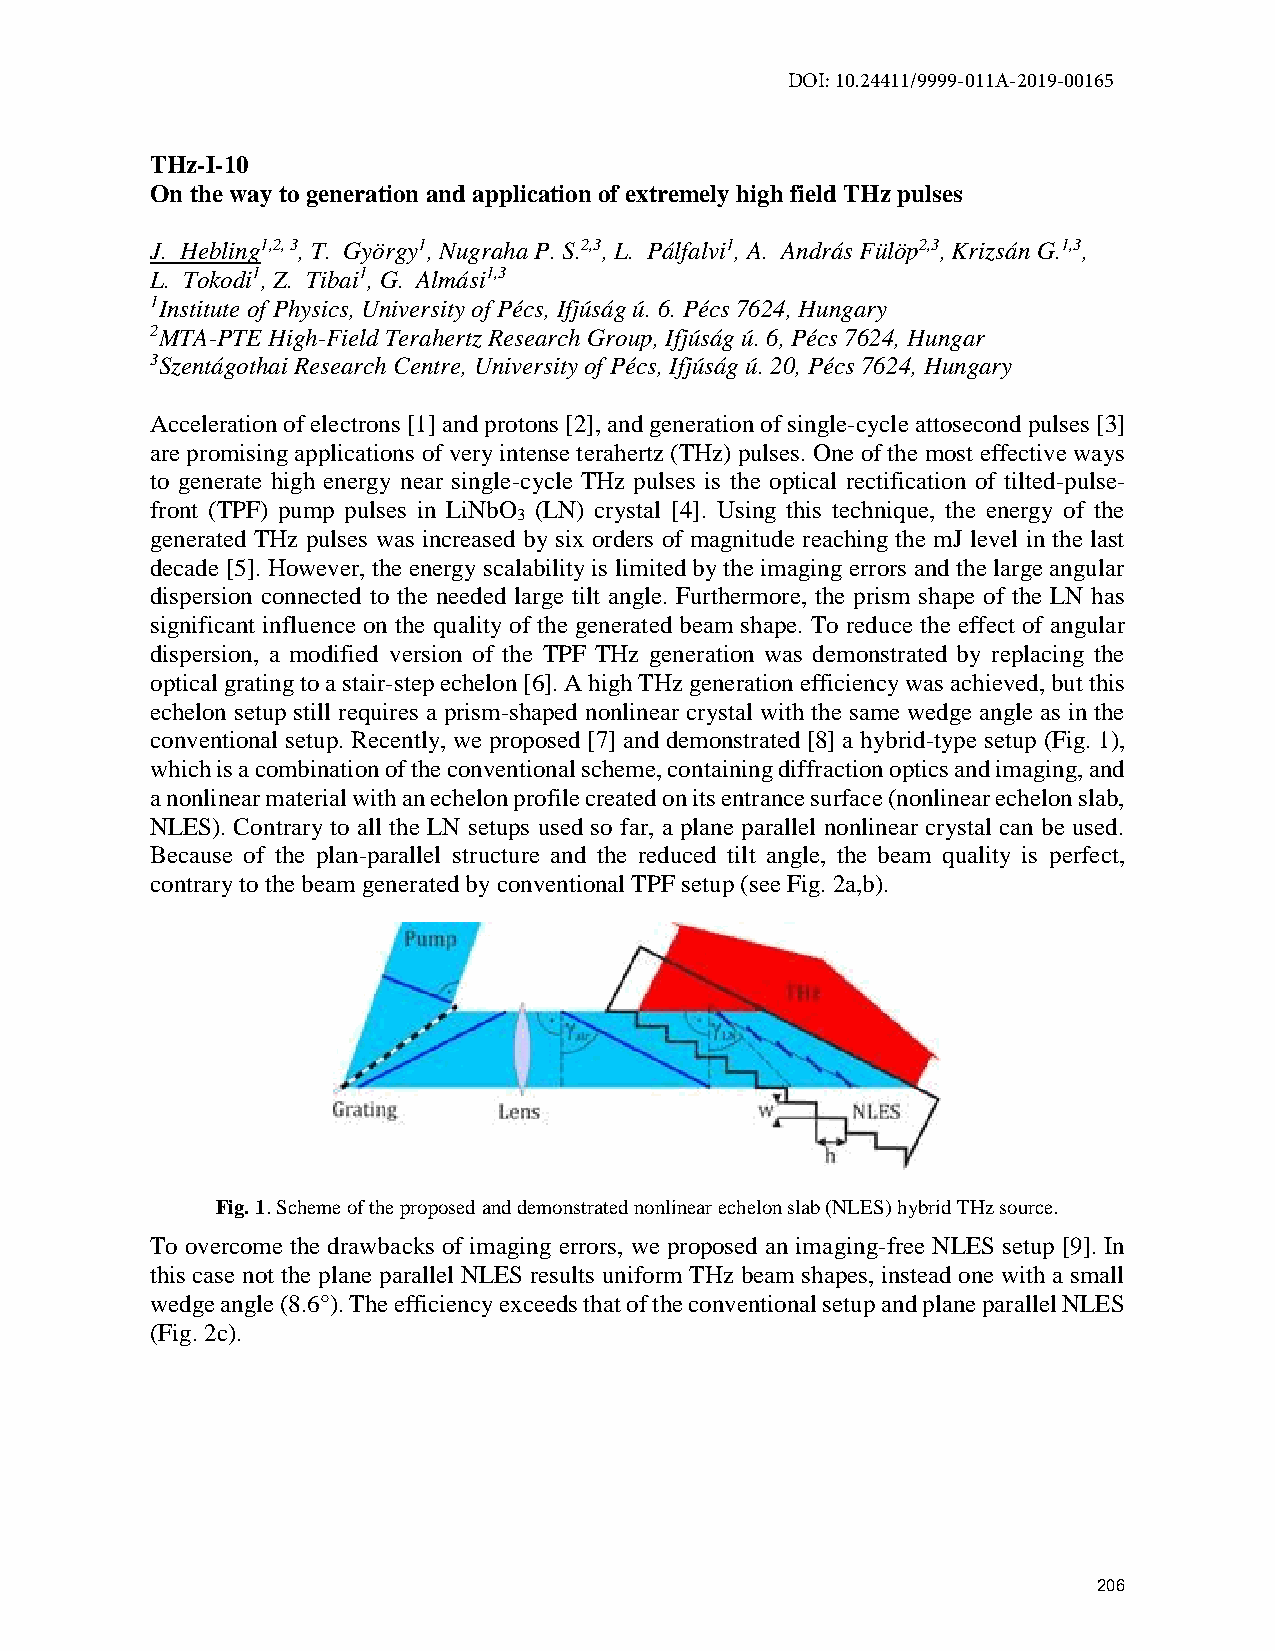
DOI: 10.24411/9999-011A-2019-00165
 THz-I-10
 On the way to generation and application of extremely high field THz pulses
 J. Hebling1,2, 3, T. György1, Nugraha P. S.2,3, L. Pálfalvi1, A. András Fülöp2,3, Krizsán G.1,3,
 L. Tokodi1, Z. Tibai1, G. Almási1,3
 1Institute of Physics, University of Pécs, Ifjúság ú. 6. Pécs 7624, Hungary
 2MTA-PTE High-Field Terahertz Research Group, Ifjúság ú. 6, Pécs 7624, Hungar
 3Szentágothai Research Centre, University of Pécs, Ifjúság ú. 20, Pécs 7624, Hungary
 Acceleration of electrons [1] and protons [2], and generation of single-cycle attosecond pulses [3]
 are promising applications of very intense terahertz (THz) pulses. One of the most effective ways
 to generate high energy near single-cycle THz pulses is the optical rectification of tilted-pulse-
 front (TPF) pump pulses in LiNbO (LN) crystal [4]. Using this technique, the energy of the
 3
 generated THz pulses was increased by six orders of magnitude reaching the mJ level in the last
 decade [5]. However, the energy scalability is limited by the imaging errors and the large angular
 dispersion connected to the needed large tilt angle. Furthermore, the prism shape of the LN has
 significant influence on the quality of the generated beam shape. To reduce the effect of angular
 dispersion, a modified version of the TPF THz generation was demonstrated by replacing the
 optical grating to a stair-step echelon [6]. A high THz generation efficiency was achieved, but this
 echelon setup still requires a prism-shaped nonlinear crystal with the same wedge angle as in the
 conventional setup. Recently, we proposed [7] and demonstrated [8] a hybrid-type setup (Fig. 1),
 which is a combination of the conventional scheme, containing diffraction optics and imaging, and
 a nonlinear material with an echelon profile created on its entrance surface (nonlinear echelon slab,
 NLES). Contrary to all the LN setups used so far, a plane parallel nonlinear crystal can be used.
 Because of the plan-parallel structure and the reduced tilt angle, the beam quality is perfect,
 contrary to the beam generated by conventional TPF setup (see Fig. 2a,b).
 Fig. 1. Scheme of the proposed and demonstrated nonlinear echelon slab (NLES) hybrid THz source.
 To overcome the drawbacks of imaging errors, we proposed an imaging-free NLES setup [9]. In
 this case not the plane parallel NLES results uniform THz beam shapes, instead one with a small
 wedge angle (8.6°). The efficiency exceeds that of the conventional setup and plane parallel NLES
 (Fig. 2c).
 206